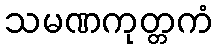
သမဏကုတ္တကံ